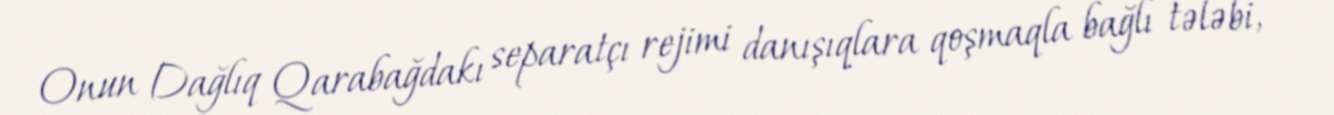
Onun Dağlıq Qarabağdakı separatçı rejimi danışıqlara qoşmaqla bağlı tələbi,